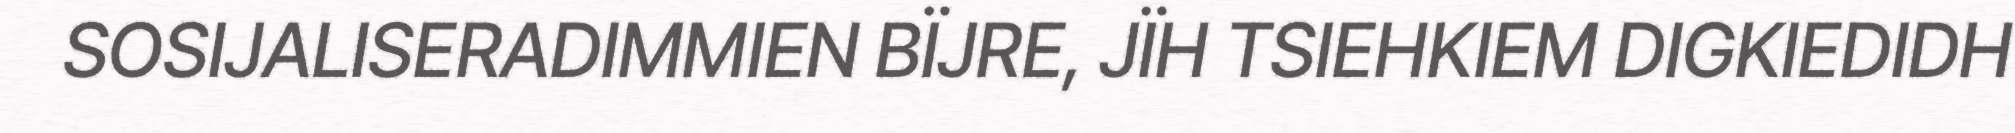
SOSIJALISERADIMMIEN BÏJRE, JÏH TSIEHKIEM DIGKIEDIDH